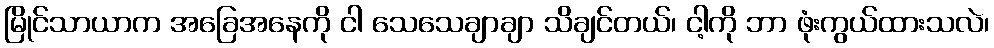
မြိုင်သာယာက အခြေအနေကို ငါ သေသေချာချာ သိချင်တယ်၊ ငါ့ကို ဘာ ဖုံးကွယ်ထားသလဲ၊